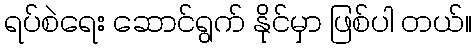
ရပ်စဲရေး ဆောင်ရွက် နိုင်မှာ ဖြစ်ပါ တယ်။